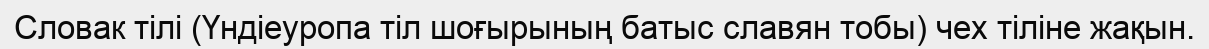
Словак тілі (Үндіеуропа тіл шоғырының батыс славян тобы) чех тіліне жақын.